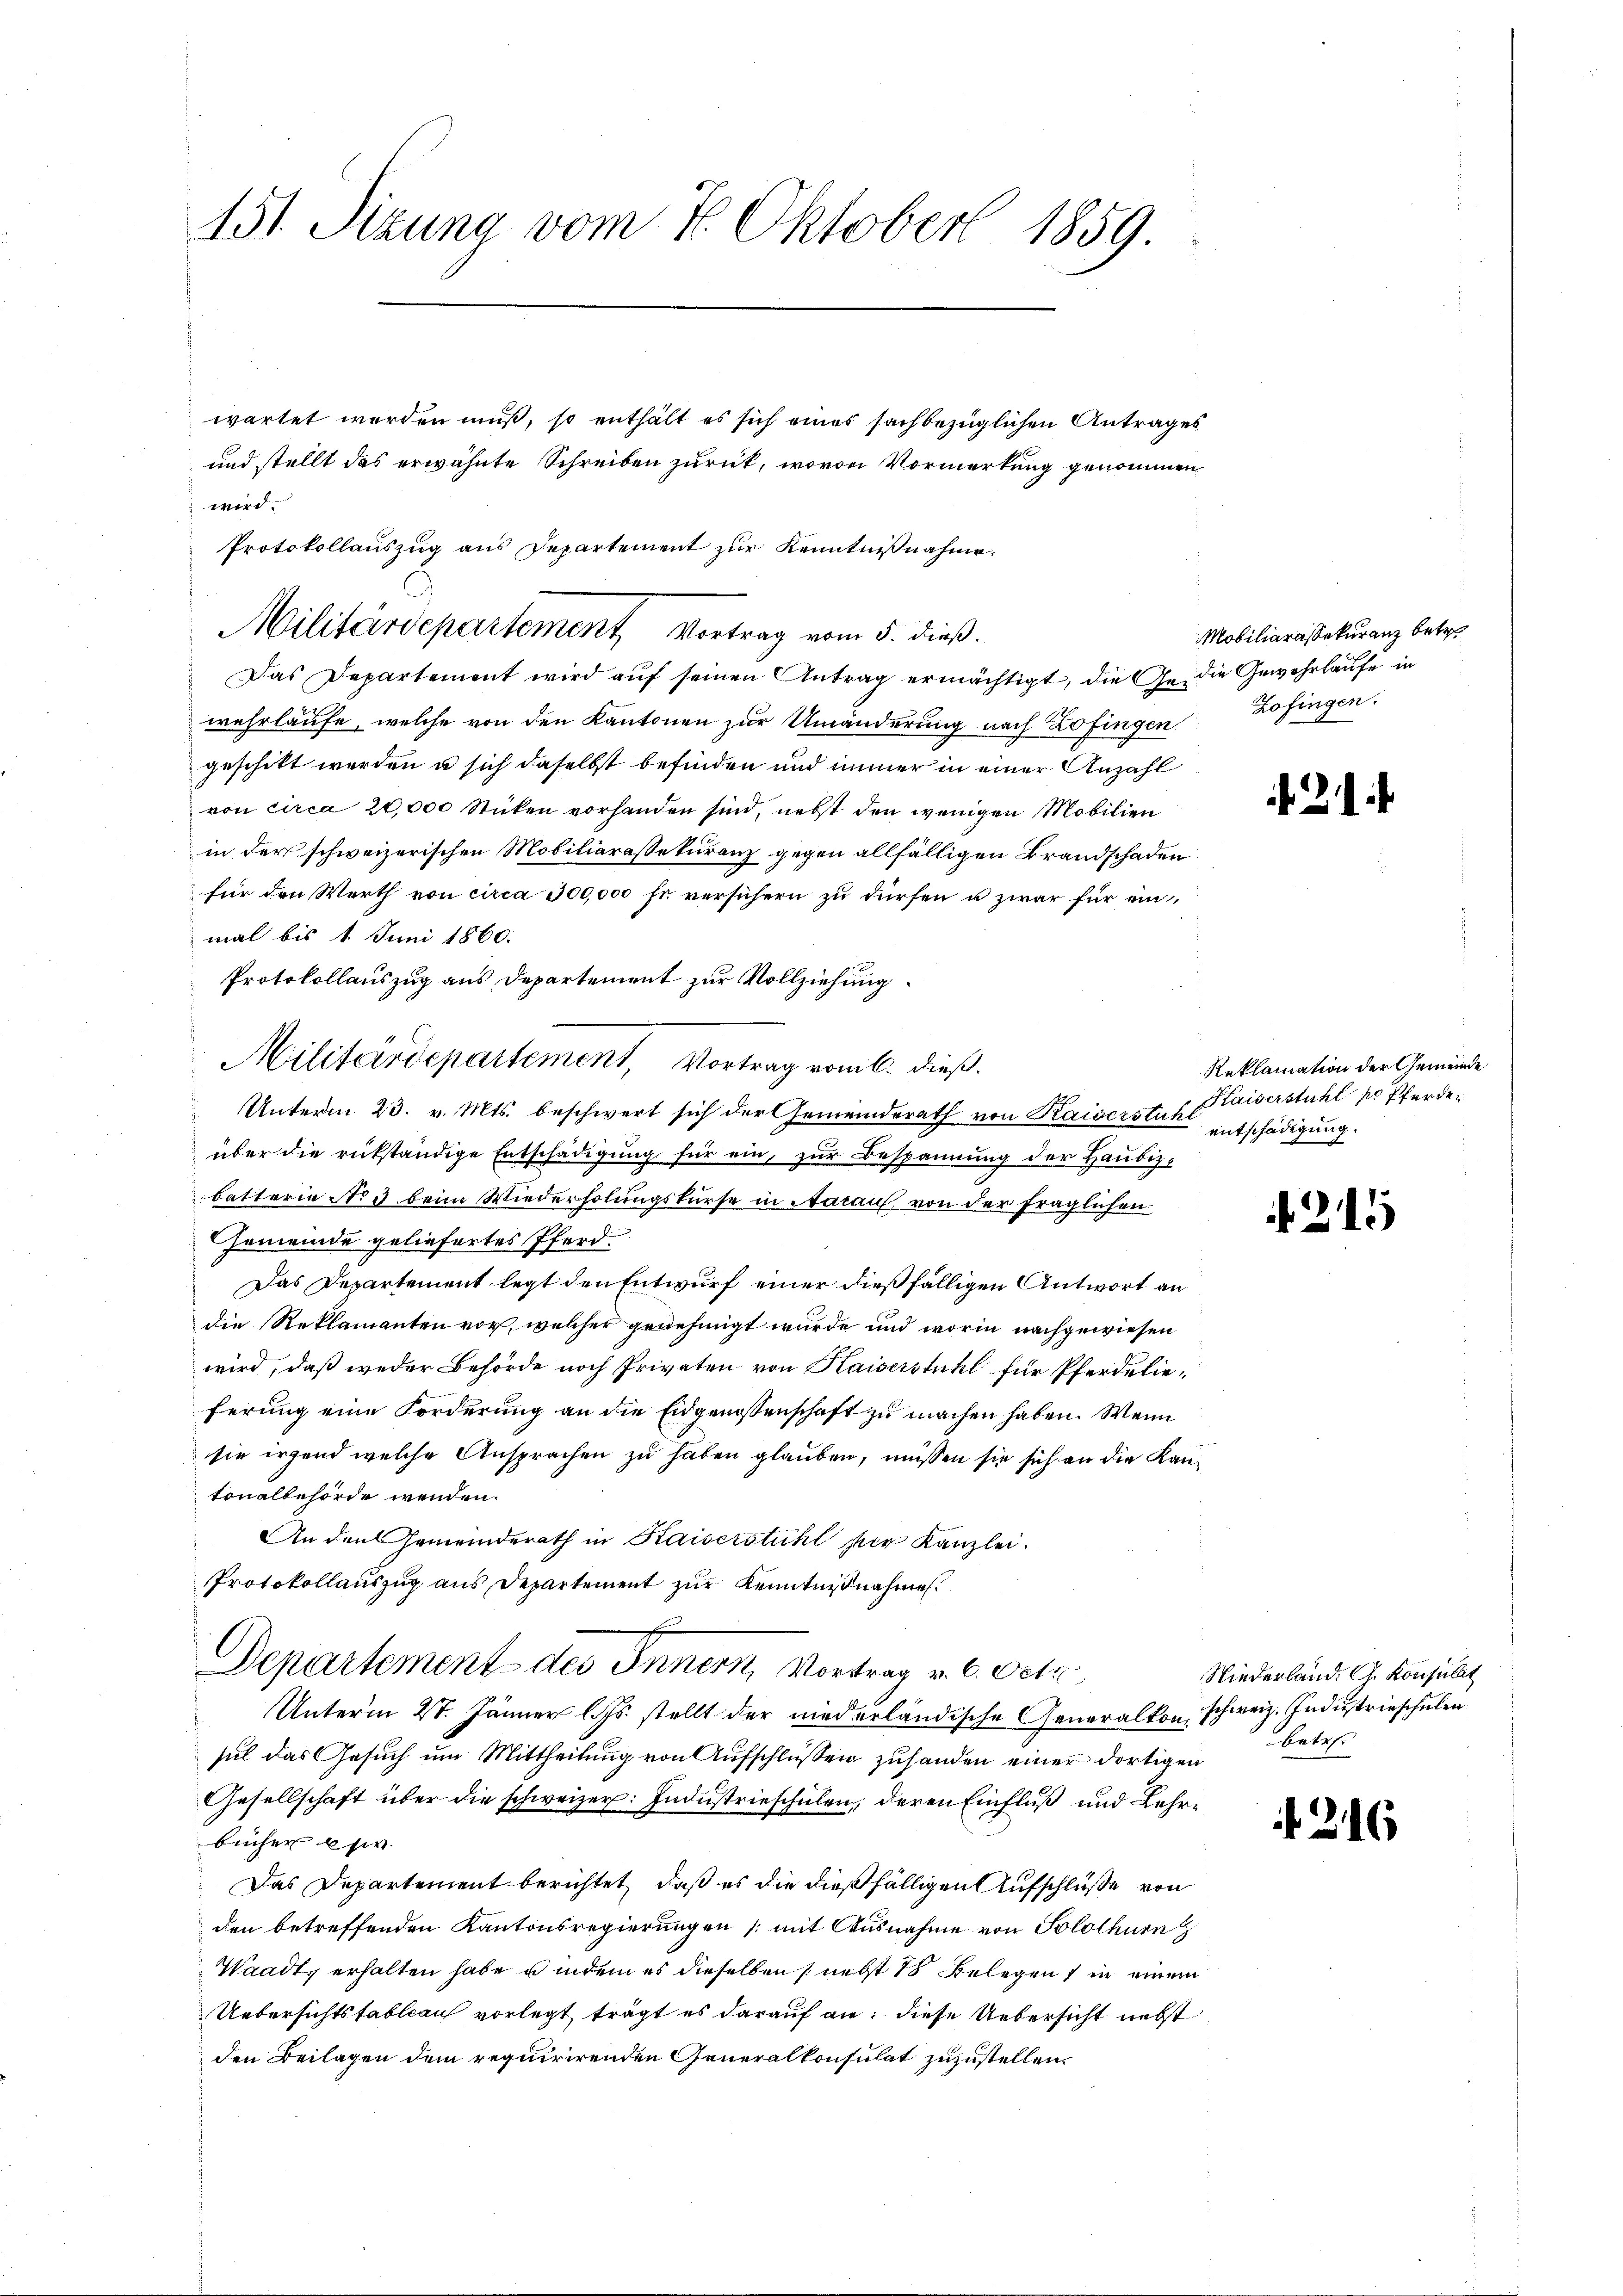
151. Sizung vom 7. Oktober 1859.

wartet worden muß, so enthält es sich eines sachbezüglichen Antrages
und stellt das erwähnte Schreiben zurück, wovon Vormerkung genommen
wird.
Das Departement wird auf seinen Antrag ermächtigt, die Ge- die Gewehrlaufe in
wahrläufe, welche von den Kantonen zur Umänderung nach Zofingen Zofingen.
geschikt werden u sich daselbst befinden und immer in einer Anzahl
von circa 20,000 Stücken vorhanden sind, nebst den wenigen Mobilien
in der schweizerischen Mobiliarasekuranz gegen allfälligen Brandschaden
für den Werth von circa 300,000 fr. versichern zu dürfen u zwar für einmal bis 1 Juni 1860.
Protokollauszug aus Departement zur Vollziehung.
Unterm 23. v. Mts. beschwert sich der Gemeinderath von Kaiserstuhl
über die rükständige Entschädigung für ein, zur Bespannung der Haubizbatterie No 3 beim Wiederholungskurse in Aarauf, von der fraglichen
Gemeinde geliefertes Pferd
Das Departement legt den Entwurf einer dießfälligen Antwort an
die Reklamanten vor, welcher genehmigt wurde und worin nachgewiesen
wird, daß weder Behörde noch Privaten von Kaiserstuhl für Pferdelieferung eine Forderung an die Eidgenossenschaft zu machen haben. Wenn
sie irgend welche Ansprachen zu haben glauben, müssen sie sich an die Kantonalbehörde wenden.
An den Gemeinderath in Kaiserstühl ser Kanzlei.
Protokollauszug aus Departement zur Kenntnißnahmen.
Departement des Innern, Vortrag v. 6. Octo
Unterm 27. Jänner l. Js. stellt der niederländische Generalkon schweiz. Industrieschulen
sul das Gesuch um Mittheilung von Aufschlüßen zuhanden einer dortigen
Gesellschaft über die schweizer: Industrieschulen, deren Einfluß und Lehrbücher si
Das Departement berichtet, daß es die dießfälligen Aufschlüße von
den betreffenden Kantonsregierungen (mit Ausnahme von Solothurn
Waadt erhalten habe u indem es dieselben nebst 18 Belegens in einem
Uebersichtstablauch vorlegt, trägt es darauf an: diese Uebersicht nebst
den Beilagen dem requirirenden Generalkonsulat zuzustellen.

Protokollauszug aus Departement zur Kenntnißnahme.
Militärdepartement, Vortrag vom 5. dieß.

Militärdepartement, Vortrag vom 6. dieß.

Mobiliarassekuranz betr.

2

Reklamation der Gemeinde
Kaiserstuhl so Pferden
entschädigung.

215

Niederland. G. Konsulat
betr.

26